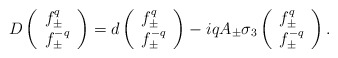
\begin{align*}D \left( \begin{array}{l} f^q_\pm \\ f^{-q}_\pm \end{array}\right)= d \left( \begin{array}{l} f^q_\pm \\ f^{-q}_\pm \end{array}\right)- i q A_\pm \sigma_3\left( \begin{array}{l} f^q_\pm \\ f^{-q}_\pm \end{array}\right).\end{align*}